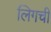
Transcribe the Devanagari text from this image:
लिगची